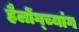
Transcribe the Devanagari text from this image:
हैलोंग्च्यांग